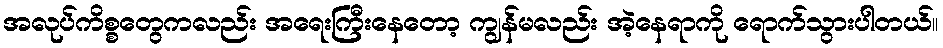
အလုပ်ကိစ္စတွေကလည်း အရေးကြီးနေတော့ ကျွန်မလည်း အဲ့နေရာကို ရောက်သွားပါတယ်။